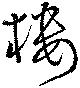
樓